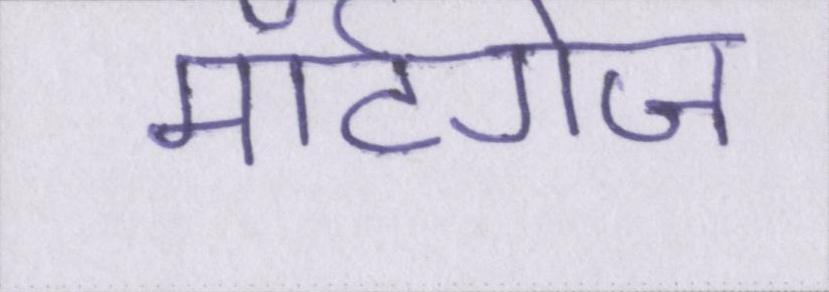
मॉर्टगेज